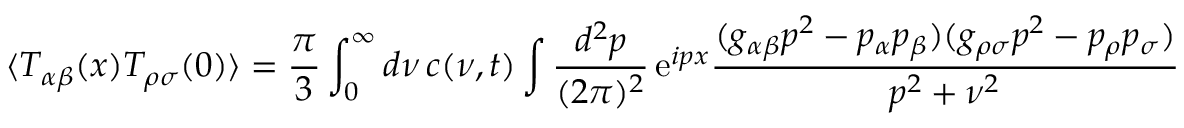
\langle T _ { \alpha \beta } ( x ) T _ { \rho \sigma } ( 0 ) \rangle = { \frac { \pi } { 3 } } \int _ { 0 } ^ { \infty } d \nu \, c ( \nu , t ) \int { \frac { d ^ { 2 } p } { ( 2 \pi ) ^ { 2 } } } \, \mathrm { e } ^ { i p x } { \frac { ( g _ { \alpha \beta } p ^ { 2 } - p _ { \alpha } p _ { \beta } ) ( g _ { \rho \sigma } p ^ { 2 } - p _ { \rho } p _ { \sigma } ) } { p ^ { 2 } + \nu ^ { 2 } } } \quad .